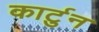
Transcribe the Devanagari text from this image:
कार्टुन